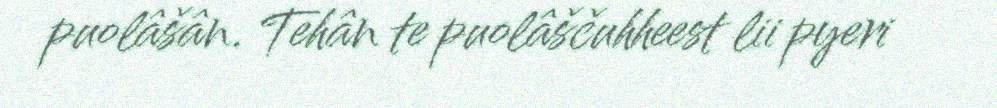
puolâšân. Tehân te puolâščuhheest lii pyeri